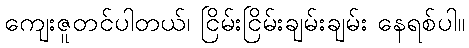
ကျေးဇူတင်ပါတယ်၊ ငြိမ်းငြိမ်းချမ်းချမ်း နေရစ်ပါ။